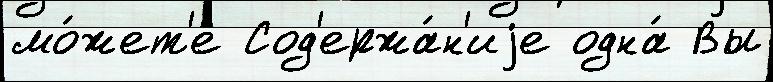
мо́жет'е Сод'ержа́н'иjе одна́ Вы